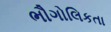
ભૌગોલિકતા